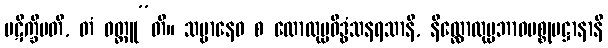
ပဋိက္ခိပတိ, တံ ဝတ္ထူ”တိ။ သဗ္ဗာနေဝ စ လောလုပ္ပဝိဒ္ဓံသနရသာနိ, နိလ္လောလုပ္ပဘာဝပစ္စုပဋ္ဌာနာနိ